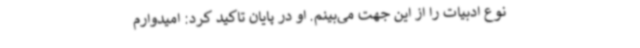
نوع ادبیات را از این جهت می‌بینم. او در پایان تاکید کرد: امیدوارم